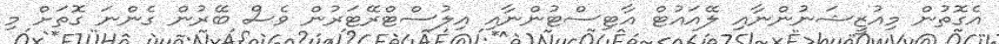
އެގޮތުން މިއުޒީޝަނުންނާއި ލޭއައުޓް އާޓިސްޓުންނާއި އިލުސްޓްރޭޓަރުން ވެސް ބޭރުން ގެންނަ ގޮތަށް މި